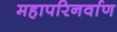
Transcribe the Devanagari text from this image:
महापरिनर्वाण